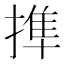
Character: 𢲜